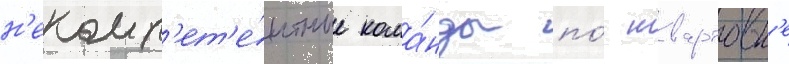
н'екомп'ет'е́нтные кома́нды по́ швартовк'е